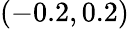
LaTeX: (-0.2,0.2)